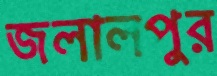
জলালপুর